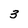
Character: 3